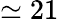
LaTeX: \simeq 21